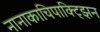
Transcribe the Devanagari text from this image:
नानाकाचिपाक्ट्झिन